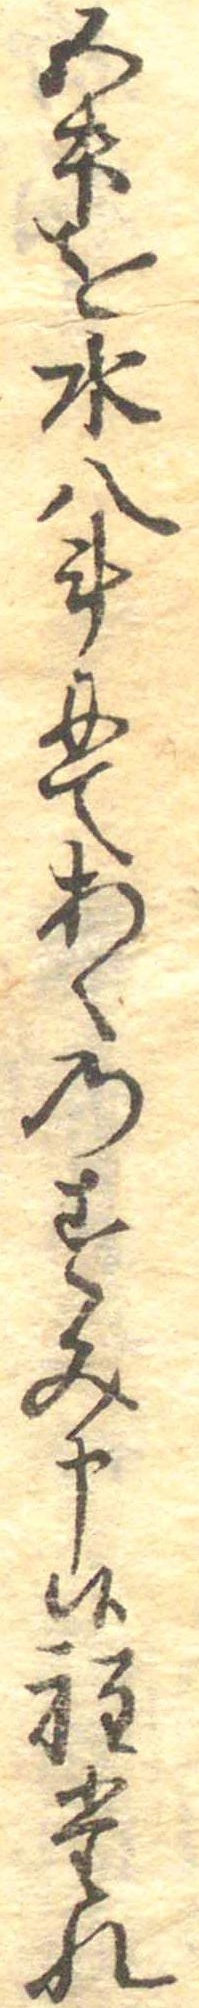
五升を水八斗にてあくのすみ申候程たれ